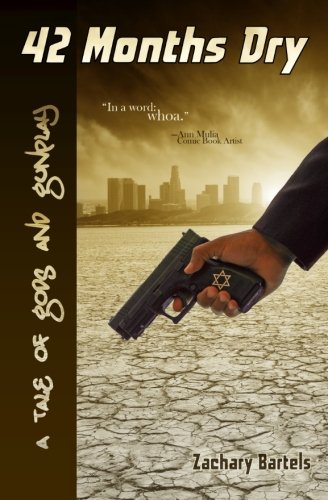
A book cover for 42 Months Dry: A Tale of Gods and Gunplay; Zachary Bartels; Christian Books & Bibles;